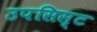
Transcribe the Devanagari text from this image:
उपसिस्ट